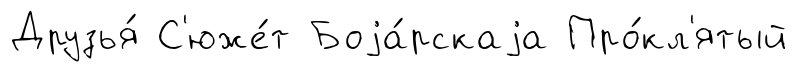
Друзья́ С'юже́т Боjа́рскаjа Про́кл'ятый